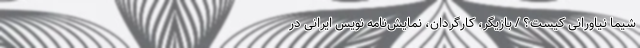
شیما نیاورانی کیست؟ / بازیگر، کارگردان، نمایش‌نامه نویس ایرانی در